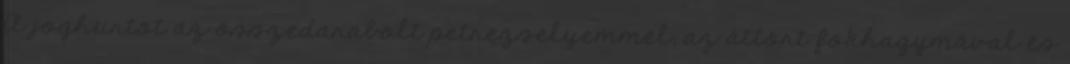
A joghurtot az összedarabolt petrezselyemmel, az áttört fokhagymával és